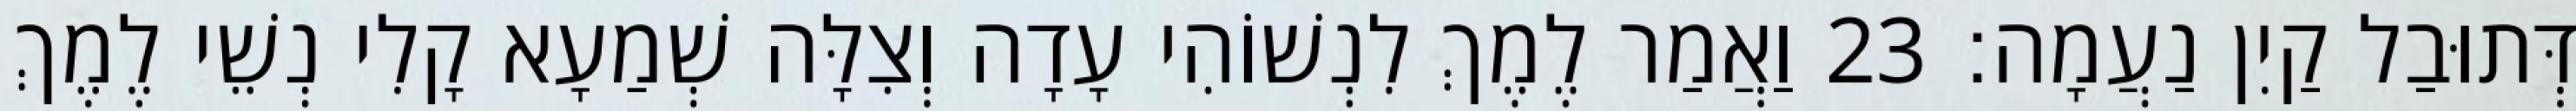
דְּתוּבַל קַיִן נַעֲמָה׃ 23 וַאֲמַר לֶמֶךְ לִנְשׁוֹהִי עָדָה וְצִלָּה שְׁמַעָא קָלִי נְשֵׁי לֶמֶךְ